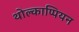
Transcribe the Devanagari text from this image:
थोल्काप्पियन